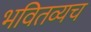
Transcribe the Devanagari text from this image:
भवितव्यच